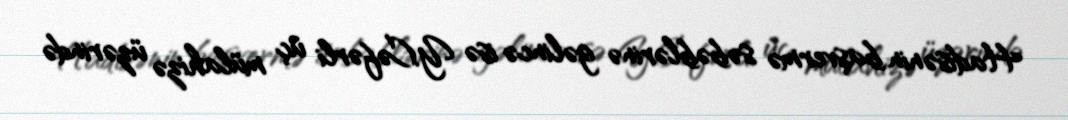
Hadisənin başvermə səbəblərinə gəlincə isə Y.Cəfərli üç mülahizə üzərində